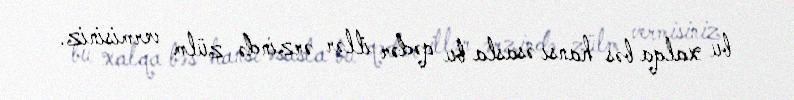
bu xalqa bəs hansı əsasla bu qədər illər ərzində zülm vermisiniz.